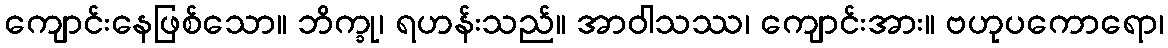
ကျောင်းနေဖြစ်သော။ ဘိက္ခု၊ ရဟန်းသည်။ အာဝါသဿ၊ ကျောင်းအား။ ဗဟုပကောရော၊